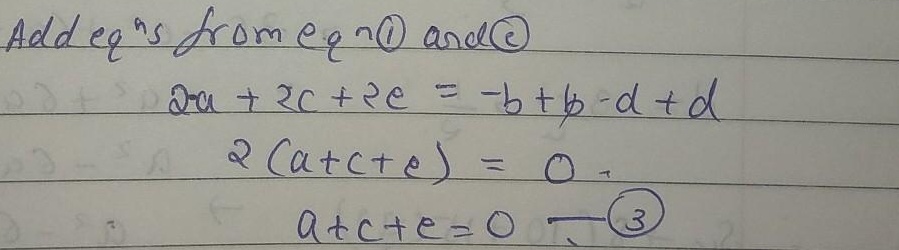
Add equations from eq \(\textcircled{1}\) and \(\textcircled{2}\)
\[
\begin{align*}
2a + 2c+2e&=-b + b - d + d\\
2(a + c + e)&=0\\
a + c + e&=0\quad\textcircled{3}
\end{align*}
\]